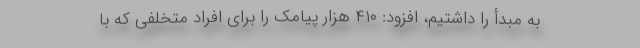
به مبدأ را داشتیم، افزود: ۴۱۰ هزار پیامک را برای افراد متخلفی که با